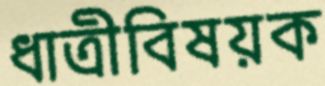
ধাত্রীবিষয়ক